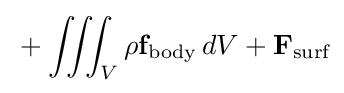
\displaystyle {}+\iiint _{\scriptstyle V}\rho \mathbf {f} _{\text{body}}\,dV+\mathbf {F} _{\text{surf}}